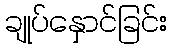
ချုပ်နှောင်ခြင်း